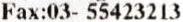
FAX:03- 55423213